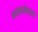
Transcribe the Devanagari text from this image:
भरमानेवाला